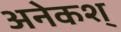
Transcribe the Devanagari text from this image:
अनेकश्